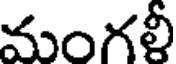
మంగళీ